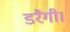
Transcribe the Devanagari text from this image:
डरैगी।